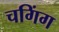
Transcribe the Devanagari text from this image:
चगिंग